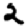
Digit: 2